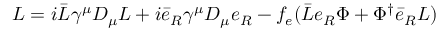
{ \cal { L } } = i \bar { L } \gamma ^ { \mu } D _ { \mu } L + i \bar { e } _ { R } \gamma ^ { \mu } D _ { \mu } e _ { R } - f _ { e } ( \bar { L } e _ { R } \Phi + \Phi ^ { \dagger } { \bar { e } } _ { R } L )